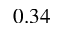
0 . 3 4